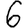
Digit: 6